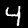
Label: 4